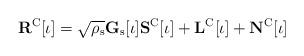
LaTeX: \begin{align*}\mathbf{R}^\mathrm{C}[\iota]=\sqrt{\rho_\mathrm{s}}\mathbf{G}_\mathrm{s}[\iota]\mathbf{S}^\mathrm{C}[\iota]+\mathbf{L}^\mathrm{C}[\iota]+\mathbf{N}^\mathrm{C}[\iota]\end{align*}